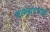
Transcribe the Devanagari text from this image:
वल्लारपाडं